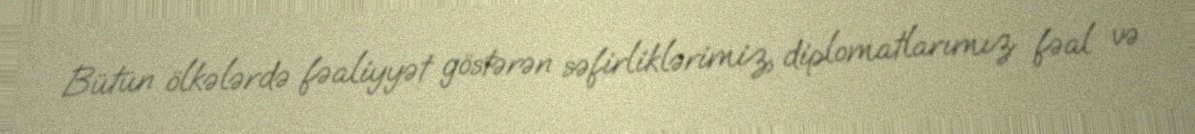
Bütün ölkələrdə fəaliyyət göstərən səfirliklərimiz, diplomatlarımız fəal və